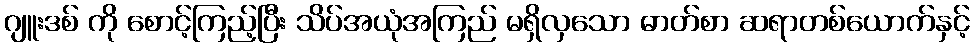
ဂျူးဒစ် ကို စောင့်ကြည့်ပြီး သိပ်အယုံအကြည် မရှိလှသော ဓာတ်စာ ဆရာတစ်ယောက်နှင့်